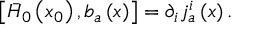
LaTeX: \left[ \bar { H } _ { 0 } \left( x _ { 0 } \right) , b _ { a } \left( x \right) \right] = \partial _ { i } j _ { a } ^ { i } \left( x \right) .